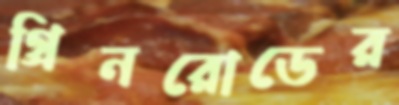
গ্রিনরোডের